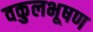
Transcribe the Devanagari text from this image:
वकुलभूषण